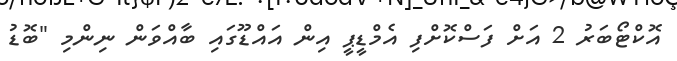
އޮކްޓޯބަރު 2 އަށް ފަސްކޮށްފި އެމްޑީޕީ އިން އައްޑޫގައި ބާއްވަން ނިންމި "ބޮޑު